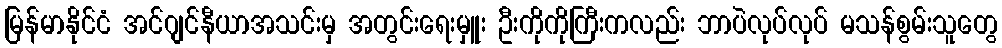
မြန်မာနိုင်ငံ အင်ဂျင်နီယာအသင်းမှ အတွင်းရေးမှူး ဦးကိုကိုကြီးကလည်း ဘာပဲလုပ်လုပ် မသန်စွမ်းသူတွေ